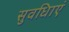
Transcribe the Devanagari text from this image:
सुवधिाएं